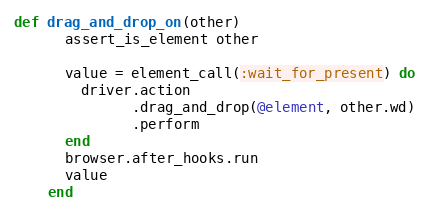
Language: Ruby
def drag_and_drop_on(other)
      assert_is_element other

      value = element_call(:wait_for_present) do
        driver.action
              .drag_and_drop(@element, other.wd)
              .perform
      end
      browser.after_hooks.run
      value
    end